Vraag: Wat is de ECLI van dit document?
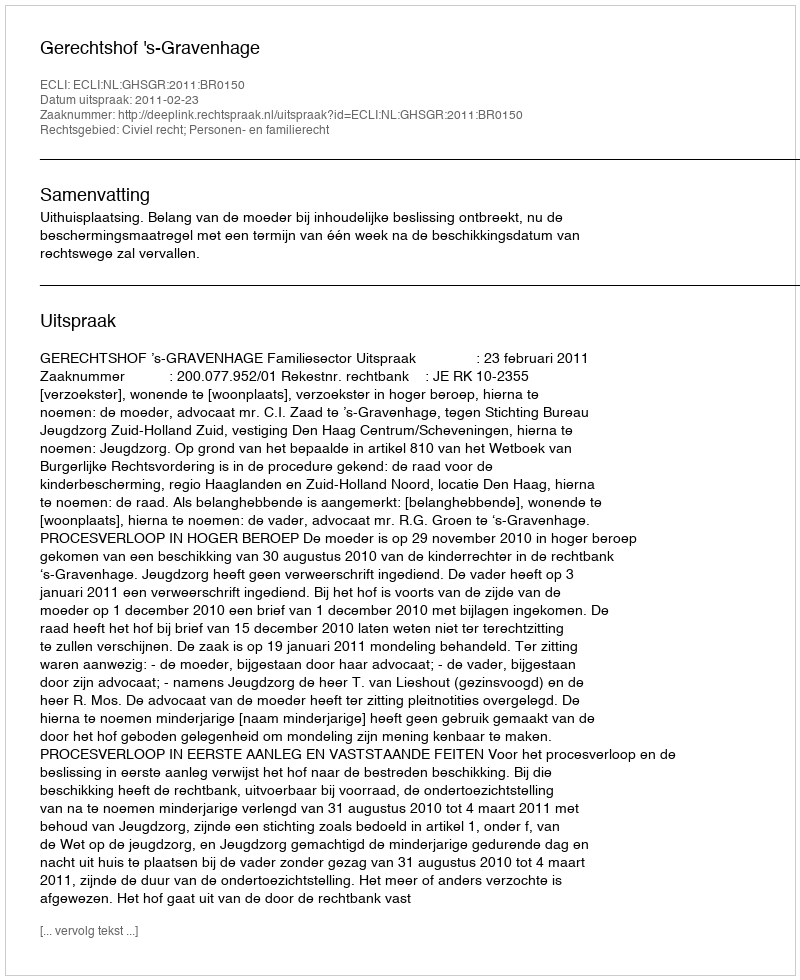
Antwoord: ECLI:NL:GHSGR:2011:BR0150